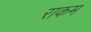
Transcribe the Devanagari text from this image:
राकम